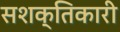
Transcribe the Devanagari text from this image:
सशक्तिकारी